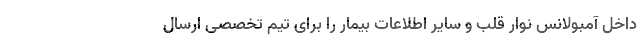
داخل آمبولانس نوار قلب و سایر اطلاعات بیمار را برای تیم تخصصی ارسال